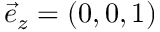
\vec { e } _ { z } = ( 0 , 0 , 1 )